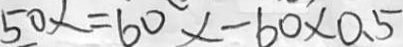
5 0 x = 6 0 x - 6 0 \times 0 . 5